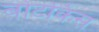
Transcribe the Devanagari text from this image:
बोटकिंस